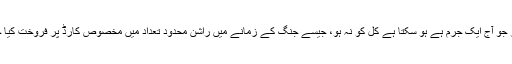
ایک چیز جو آج ایک جرم ہے ہو سکتا ہے کل کو نہ ہو، جیسے جنگ کے زمانے میں راشن محدود تعداد میں مخصوص کارڈ پر فروخت کیا جاتا ہے۔